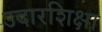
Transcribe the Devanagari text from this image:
उदारशिक्षा